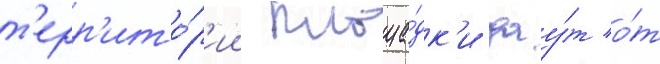
т'ерр'ито́р'ии площа́дк'и дау́т о́т